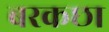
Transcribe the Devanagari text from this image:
बरकछा